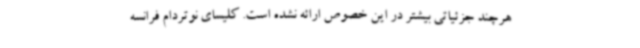
هرچند جزئیاتی بیشتر در این خصوص ارائه نشده است. کلیسای نوتردام فرانسه